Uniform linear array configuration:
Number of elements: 32
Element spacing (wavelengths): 0.75
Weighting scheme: hamming
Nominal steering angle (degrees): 60
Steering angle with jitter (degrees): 60.82
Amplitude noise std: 0.05
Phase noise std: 0.05

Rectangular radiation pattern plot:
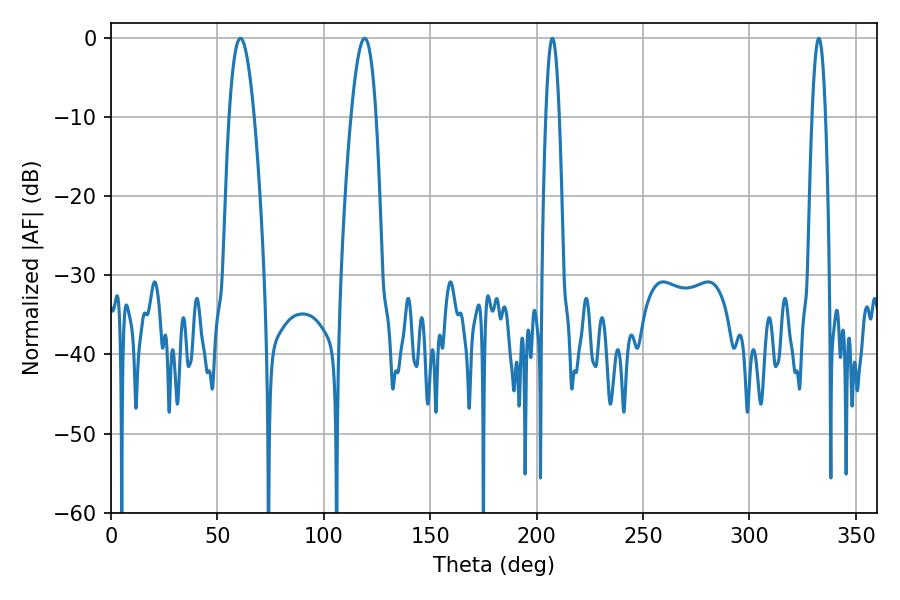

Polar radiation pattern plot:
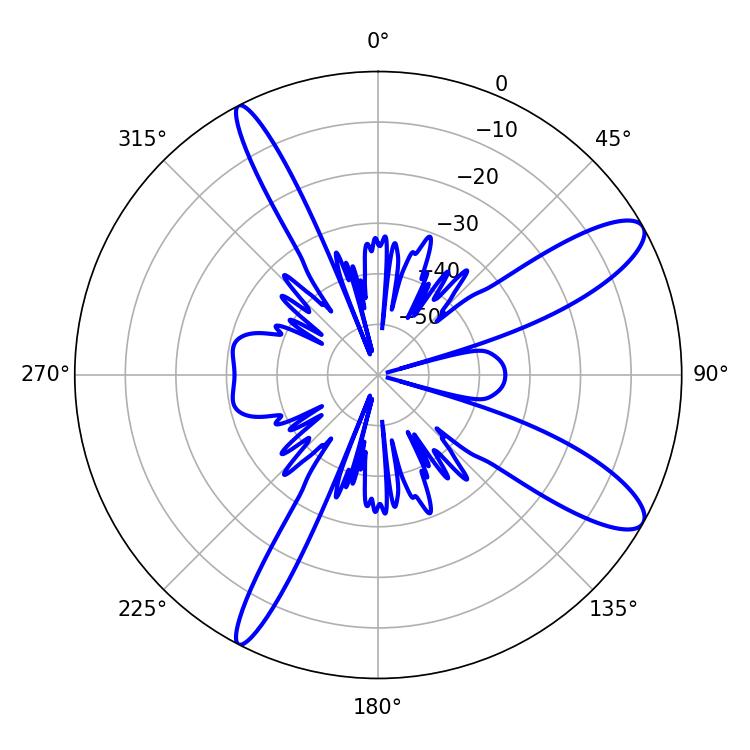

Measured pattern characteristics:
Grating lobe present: TRUE
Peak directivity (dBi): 11.193
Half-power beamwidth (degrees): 6.48
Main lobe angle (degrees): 60.84